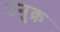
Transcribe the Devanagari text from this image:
उनुक़